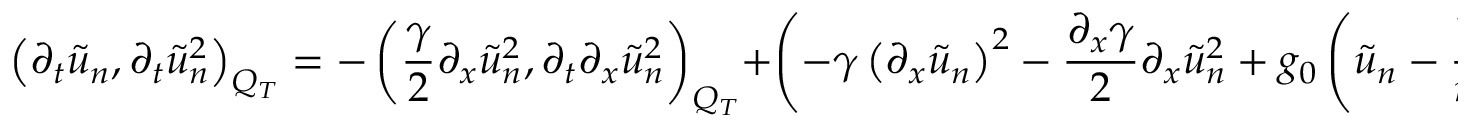
\left( \partial _ { t } \tilde { u } _ { n } , \partial _ { t } \tilde { u } _ { n } ^ { 2 } \right) _ { Q _ { T } } = - \left( \frac { \gamma } { 2 } \partial _ { x } \tilde { u } _ { n } ^ { 2 } , \partial _ { t } \partial _ { x } \tilde { u } _ { n } ^ { 2 } \right) _ { Q _ { T } } + \left( - \gamma \left( \partial _ { x } \tilde { u } _ { n } \right) ^ { 2 } - \frac { \partial _ { x } \gamma } { 2 } \partial _ { x } \tilde { u } _ { n } ^ { 2 } + g _ { 0 } \left( \tilde { u } _ { n } - \frac { 1 } { n } \right) , \partial _ { t } \tilde { u } _ { n } ^ { 2 } \right) _ { Q _ { T } } .